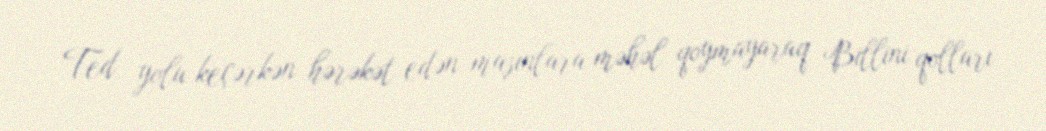
Ted yolu keçərkən hərəkət edən maşınlara məhəl qoymayaraq Billini qolları